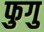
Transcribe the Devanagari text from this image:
फुगु